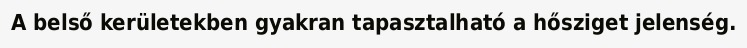
A belső kerületekben gyakran tapasztalható a hősziget jelenség.